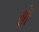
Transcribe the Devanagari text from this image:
श्वो